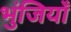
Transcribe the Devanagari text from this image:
भुंजियाँ